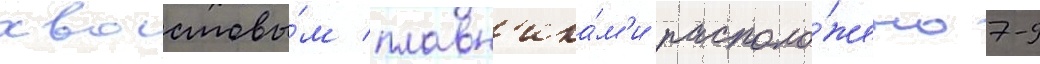
хвостовы́м плавн'ика́м'и располо́жено 7-9